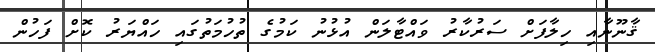
ޤާނޫނާއި ހިލާފަށް ސަރުކާރު ވައްޓާލަން އުޅުނު ކަމުގެ ތުހުމަތުގައި ހައްޔަރު ކޮށް ފަހުން